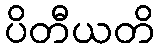
ပိတီယတိ